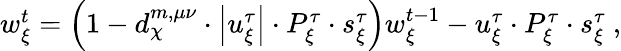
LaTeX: \begin{array}{r}{w_{\xi}^{t}=\left(1-d_{\chi}^{m,\mu\nu}\cdot\left|u_{\xi}^{\tau}\right|\cdot P_{\xi}^{\tau}\cdot s_{\xi}^{\tau}\right)w_{\xi}^{t-1}-u_{\xi}^{\tau}\cdot P_{\xi}^{\tau}\cdot s_{\xi}^{\tau}\ ,}\end{array}